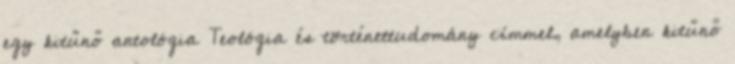
egy kitűnő antológia Teológia és történettudomány címmel, amelyben kitűnő